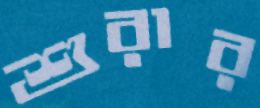
শুরার